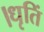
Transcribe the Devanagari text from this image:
।धृतिं